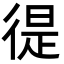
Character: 徥